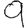
Digit: 9